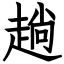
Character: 趟